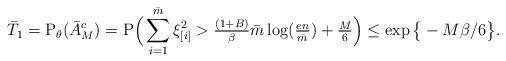
LaTeX: \begin{align*}\bar{T}_1=\mathrm{P}_{\theta}(\bar{A}^c_M) = \mathrm{P}\Big(\sum_{i=1}^{\bar{m}} \xi_{[i]}^2>\tfrac{(1+B)}{\beta}\bar{m}\log(\tfrac{en}{\bar{m}}) +\tfrac{M}{6}\Big) \le \exp\big\{-M\beta/6\big\}.\end{align*}